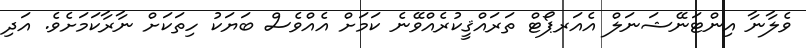
ވެލާނާ އިންޓަނޭޝަނަލް އެއަރޕޯޓް ތަރައްޤީކުރެއްވޭނެ ކަމަށް އެއްވެސް ބަޔަކު ހިތަކަށް ނާރާކަމަށެވެ. އަދި